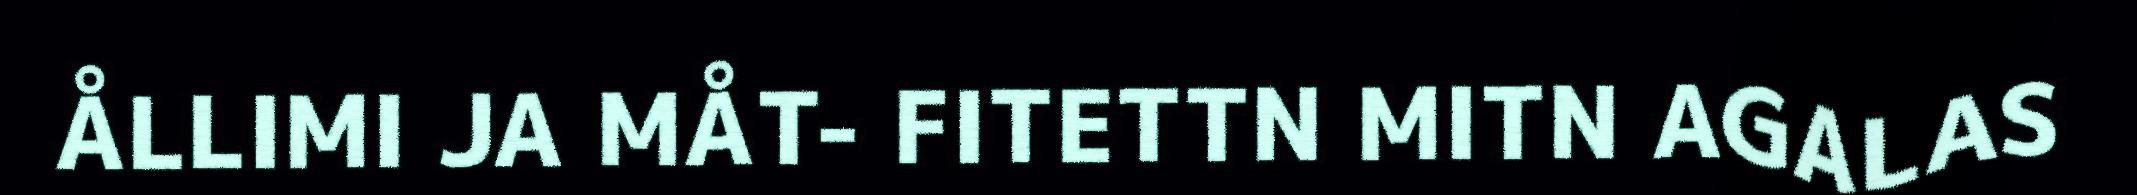
ÅLLIMI JA MÅT- FITETTN MITN AGALAS